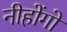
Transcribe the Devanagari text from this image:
नीहोंगो